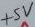
Text: +5V